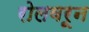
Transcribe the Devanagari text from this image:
रोलवरून